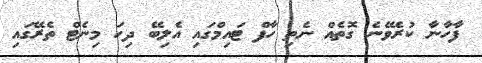
ފާހާނާ ކުރެވޭނެ ގޮތެއް ނެތި ހާފް ޓައިމްގައި އެލިބޭ ދިހަ މިނެޓް ތެރޭގައި